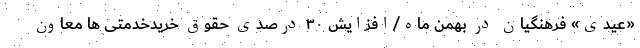
«عیدی» فرهنگیان در بهمن ماه/افزایش ۳۰ درصدی حقوق خریدخدمتی ها معاون